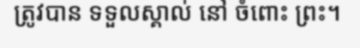
ត្រូវបាន ទទួលស្គាល់ នៅ ចំពោះ ព្រះ។